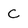
Character: c